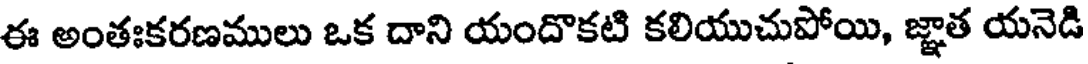
ఈ అంతఃకరణములు ఒక దాని యందొకటి కలియుచుపోయి, జ్ఞాత యనెడి